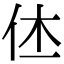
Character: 𠇾